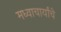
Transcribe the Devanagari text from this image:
मध्वाचार्यांचे